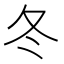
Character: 冬